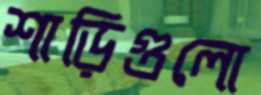
শাড়িগুলো